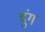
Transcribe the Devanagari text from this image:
दुंग